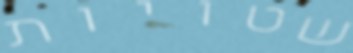
שטויות